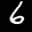
Label: 6